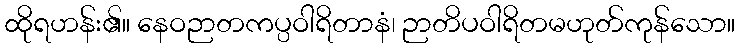
ထိုရဟန်း၏။ နေဝဉာတကပ္ပဝါရိတာနံ၊ ဉာတိပဝါရိတမဟုတ်ကုန်သော။